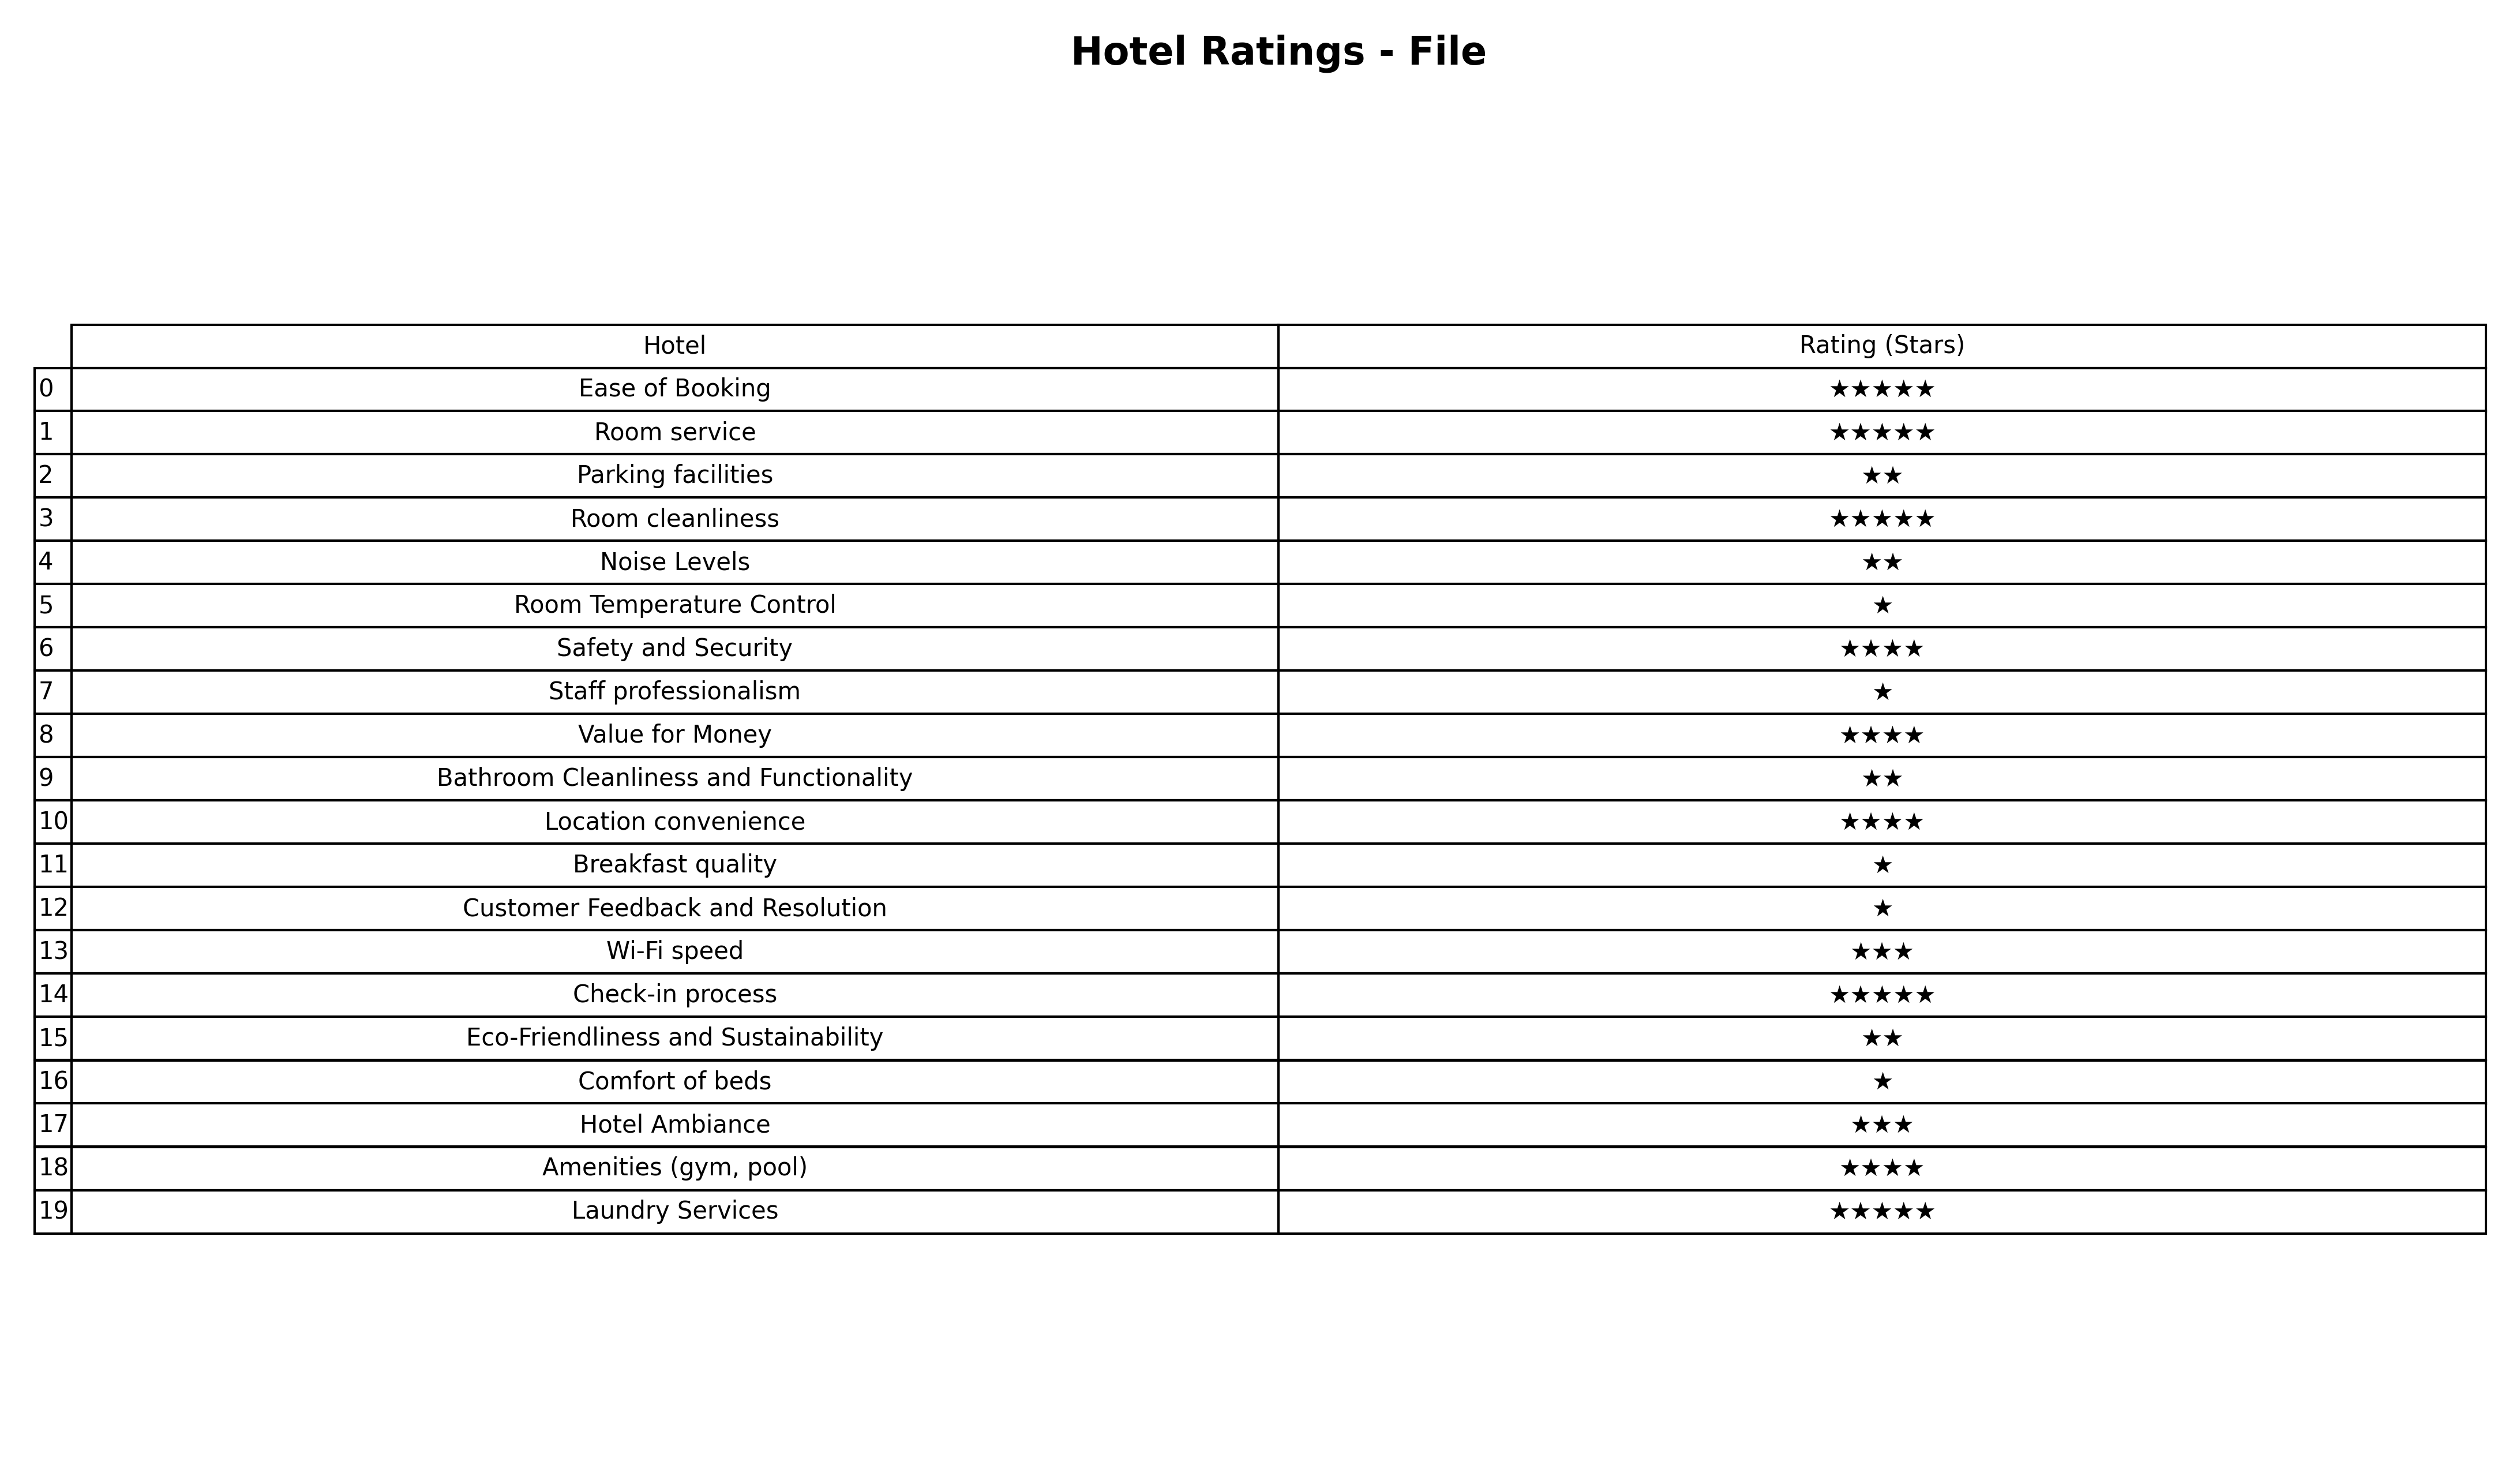
question: What are lowest rating services?
answer: Wi-Fi speedHotel Ambiance